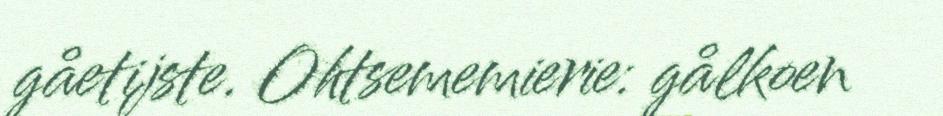
gåetijste. Ohtsememierie: gålkoen